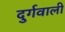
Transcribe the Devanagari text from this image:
दुर्गवाली